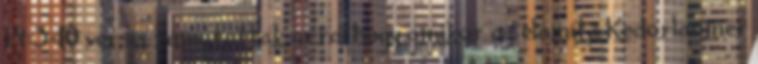
14:3-10 versei rámutattak arra, hogy amikor az elamita Kedorlaomer